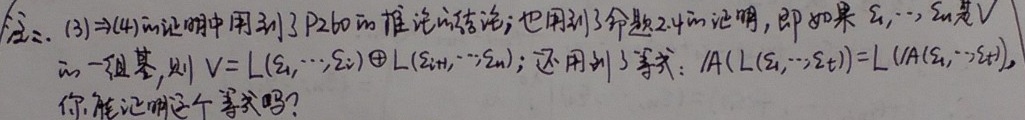
注二. \((3)\Rightarrow(4)\)的证明中用到了P260的推论的结论；也用到了命题2.4的证明，即如果\(\xi_1,\cdots,\xi_n\)是\(V\)的一组基，则\(V = L(\xi_1,\cdots,\xi_t)\oplus L(\xi_{t + 1},\cdots,\xi_n)\)；还用到了等式：\(A(L(\xi_1,\cdots,\xi_t))=L(A(\xi_1,\cdots,\xi_t))\)，你能证明这个等式吗？